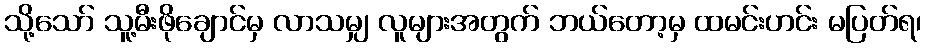
သို့သော် သူ့မီးဖိုချောင်မှ လာသမျှ လူများအတွက် ဘယ်တော့မှ ထမင်းဟင်း မပြတ်ရ၊